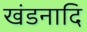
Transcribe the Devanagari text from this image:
खंडनादि